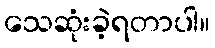
သေဆုံးခဲ့ရတာပါ။